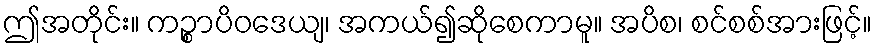
ဤအတိုင်း။ ကဉ္စာပိဝဒေယျ၊ အကယ်၍ဆိုစေကာမူ။ အပိစ၊ စင်စစ်အားဖြင့်။